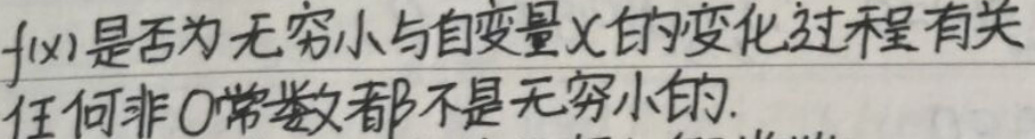
$f(x)$是否为无穷小与自变量x的变化过程有关\\
任何非0常数都不是无穷小的.